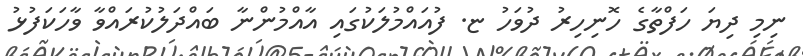
ނިމި ދިޔަ ހަފްތާގެ ހޮނިހިރު ދުވަހު ޏ. ފުއައްމުލަކުގައި އާއްމުންނާ ބައްދަލުކުރައްވާ ވާހަކަފުޅު